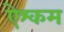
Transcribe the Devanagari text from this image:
ऐश्कम